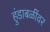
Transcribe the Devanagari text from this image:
हुंडाबळींवर